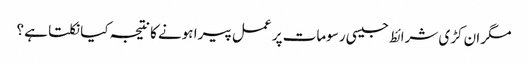
مگر ان کڑی شرائط جیسی رسومات پر عمل پیرا ہونے کا نتیجہ کیا نکلتا ہے ؟